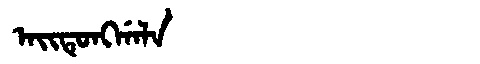
Manchu: ᠠᡳᡨᡠᠩᡤᠠᠯᠠ
Romanization: AITUNGGALA